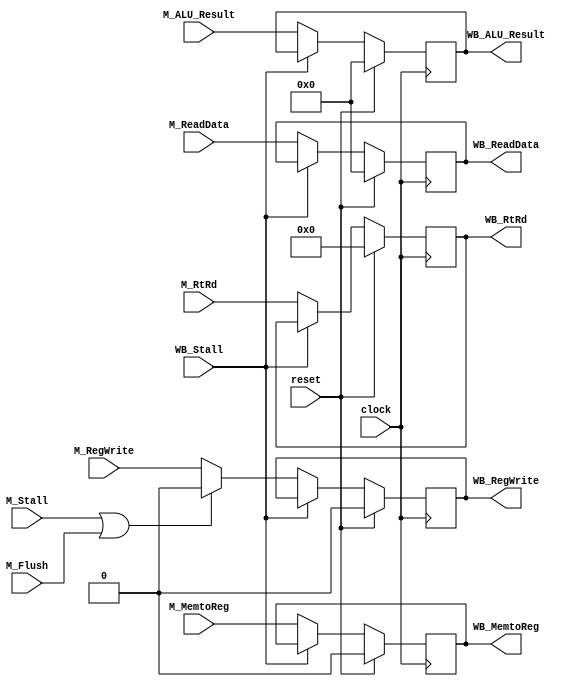
`timescale 1ns / 1ps
/*
 * Project      : University of Utah, XUM Project MIPS32 core
 * Creator(s)   : Grant Ayers (ayers@cs.utah.edu)
 *
 * Modification History:
 *   Rev   Date         Initials  Description of Change
 *   1.0   9-Jun-2011   GEA       Initial design.
 *   2.0   26-Jul-2012  GEA       Many updates have been made.
 *
 * Standards/Formatting:
 *   Verilog 2001, 4 soft tab, wide column.
 *
 * Description:
 *   The Pipeline Register to bridge the Memory and Writeback stages.
 */
module MEMWB_Stage(
    input  clock,
    input  reset,
    input  M_Flush,
    input  M_Stall,
    input  WB_Stall,
    // Control Signals
    input  M_RegWrite,
    input  M_MemtoReg,
    // Data Signals
    input  [31:0] M_ReadData,
    input  [31:0] M_ALU_Result,
    input  [4:0]  M_RtRd,
    // ----------------
    output reg WB_RegWrite,
    output reg WB_MemtoReg,
    output reg [31:0] WB_ReadData,
    output reg [31:0] WB_ALU_Result,
    output reg [4:0]  WB_RtRd
    );
    
    
    /***
     The purpose of a pipeline register is to capture data from one pipeline stage
     and provide it to the next pipeline stage. This creates at least one clock cycle
     of delay, but reduces the combinatorial path length of signals which allows for
     higher clock speeds.
     
     All pipeline registers update unless the forward stage is stalled. When this occurs
     or when the current stage is being flushed, the forward stage will receive data that
     is effectively a NOP and causes nothing to happen throughout the remaining pipeline
     traversal. In other words:
     
     A stall masks all control signals to forward stages. A flush permanently clears
     control signals to forward stages (but not certain data for exception purposes).
     
     Since WB is the final stage in the pipeline, it would normally never stall.
     However, because the MEM stage may be using data forwarded from WB, WB must stall
     when MEM is stalled. If it didn't, the forward data would not be preserved. If
     the processor didn't forward any data, a stall would not be needed.
     
     In practice, the only time WB stalls is when forwarding for a Lw->Sw sequence, since
     MEM doesn't need the data until its stage, but it does not latch the forwarded data.
     This means WB_Stall is probably identical to M_Stall. There is no speed difference by
     allowing WB to stall.
    ***/
    
    always @(posedge clock) begin
        WB_RegWrite   <= (reset) ? 0     : ((WB_Stall) ? WB_RegWrite   : ((M_Stall | M_Flush) ? 0 : M_RegWrite));
        WB_MemtoReg   <= (reset) ? 0     : ((WB_Stall) ? WB_MemtoReg                              : M_MemtoReg);
        WB_ReadData   <= (reset) ? 32'b0 : ((WB_Stall) ? WB_ReadData                              : M_ReadData);
        WB_ALU_Result <= (reset) ? 32'b0 : ((WB_Stall) ? WB_ALU_Result                            : M_ALU_Result);
        WB_RtRd       <= (reset) ? 5'b0  : ((WB_Stall) ? WB_RtRd                                  : M_RtRd);
    end

endmodule